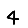
Digit: 4